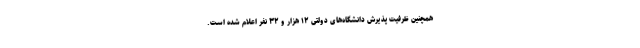
همچنین ظرفیت پذیرش دانشگاه‌های دولتی ۱۲ هزار و ۳۲ نفر اعلام شده است.